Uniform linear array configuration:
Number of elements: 12
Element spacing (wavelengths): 0.5
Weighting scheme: hann
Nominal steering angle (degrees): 15
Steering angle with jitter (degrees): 16.121
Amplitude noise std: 0.05
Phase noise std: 0.05

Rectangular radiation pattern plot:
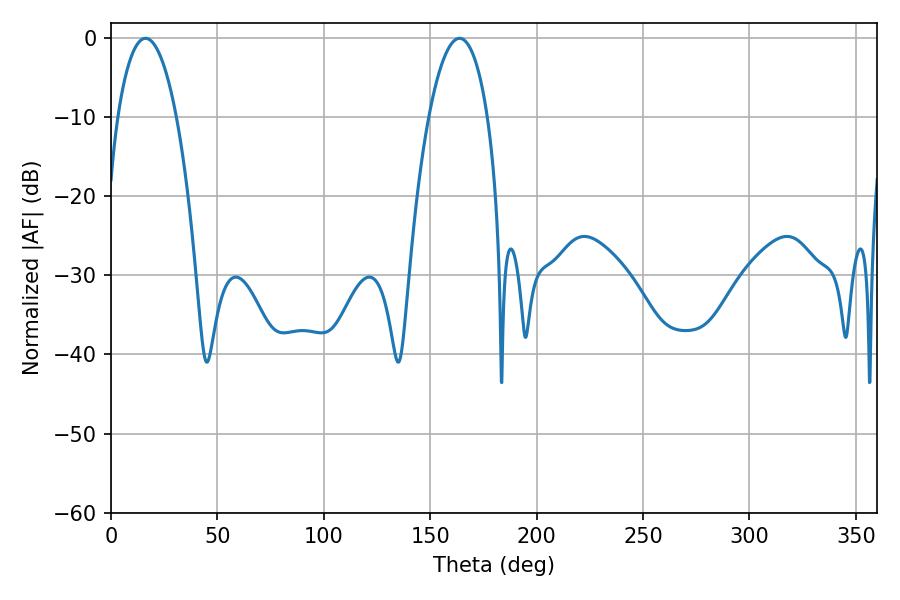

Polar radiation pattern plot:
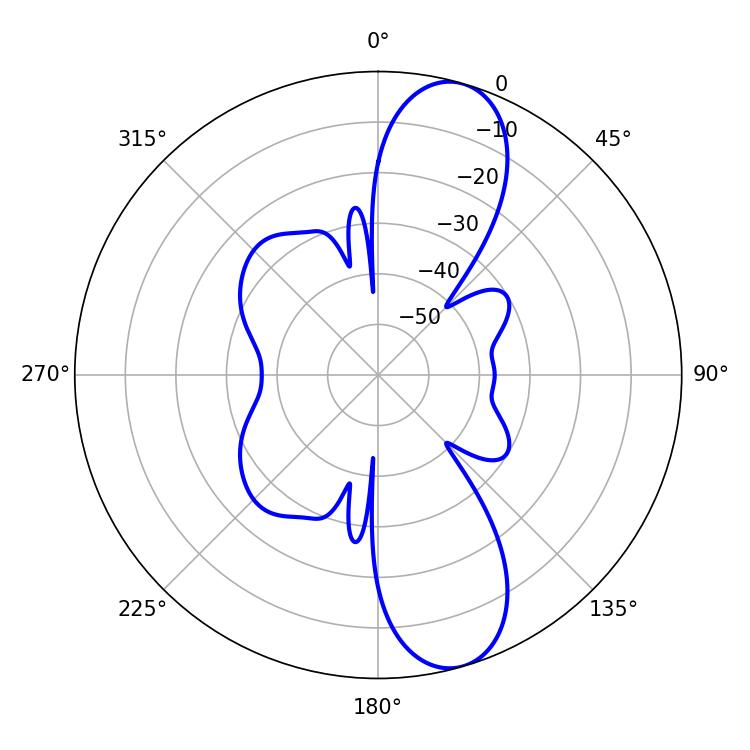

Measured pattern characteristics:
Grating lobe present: FALSE
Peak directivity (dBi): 10.944
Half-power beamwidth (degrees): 15.48
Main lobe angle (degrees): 16.2